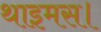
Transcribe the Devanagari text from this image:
थाइमस।